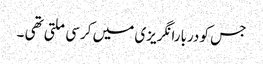
جس کو دربارانگریزی میں کرسی ملتی تھی ۔